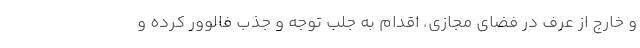
و خارج از عرف در فضای مجازی، اقدام به جلب توجه و جذب فالوور کرده و